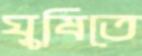
ঘুষিতে